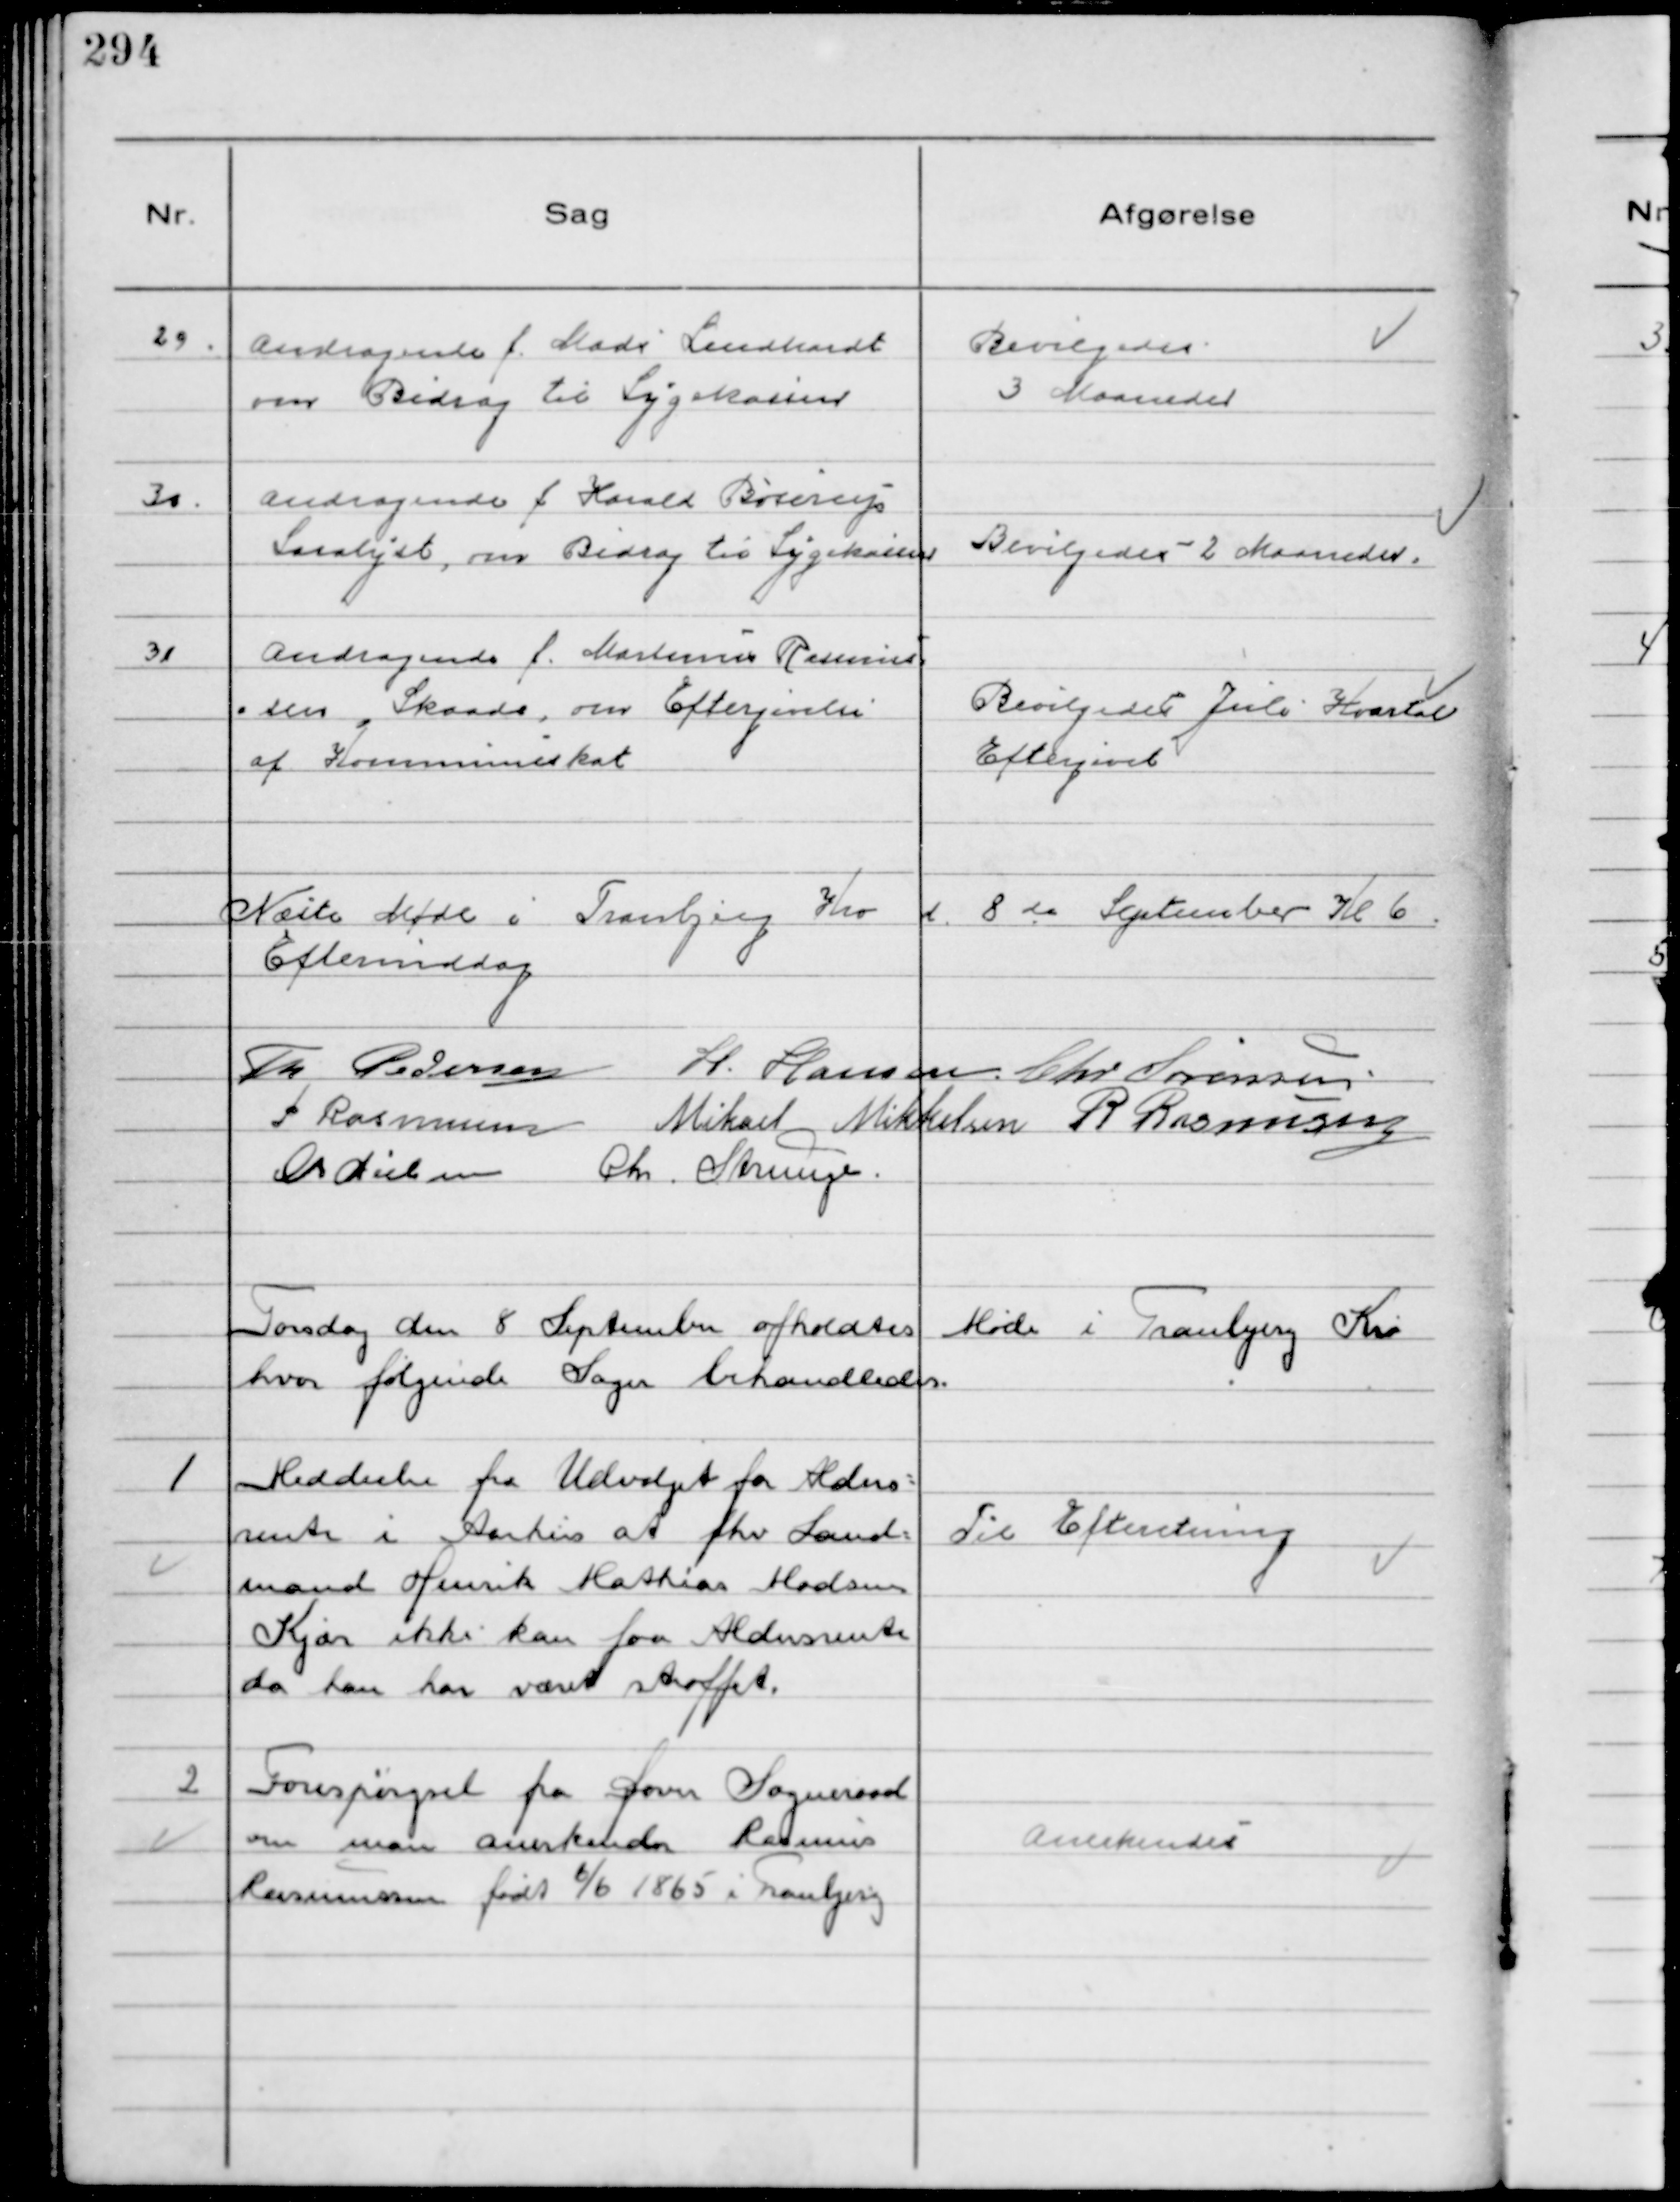
Transskription:
29.
Andragende f. Mads Lindhardt
om Bidrag til Sygekassen

Bevilgedes
3 Maaneder

30.
Andragende f Harald Boserup
Saralyst, om Bidrag til Sygekassen

Bevilgedes 2 Maaneder

31
Andragende f. Martinus Rasmus
sen, Skaade, om Eftergivelse
af Kommuneskat

Bevilgedes Juli Kvartal
Eftergivet

Næste Møde i Tranbjerg Kro d. 8 de September Kl 6
Eftermiddag
Th Pedersen H. Hansen Chr Sørensen
P Rasmussen Mikael Mikkelsen R Rasmussen
Chr Nielsen Chr. Strunge

Torsdag den 8 September afholdtes Møde i Tranbjerg Kro
hvor følgende Sager behandledes.

1
Meddeelse fra Udvalget for Alders-
rente i Aarhus at fhv Land-
mand Henrik Mathias Madsen
Kjær ikke kan faa Aldersrente
da han har været straffet.

Til Efteretning

2
Forespørgsel fra Dover Sogneraad
 om man anerkender Rasmus
Rasmussen født 6/6 1865 i Tranbjerg

Anerkendes